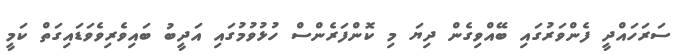
ސަރަހައްދީ ފެންވަރުގައި ބޭއްވިގެން ދިޔަ މި ކޮންފަރެންސް ހުޅުވުމުގައި އަދީބު ބައިވެރިވެވަޑައިގަތް ކަމީ